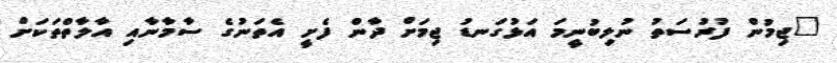
"ޖިމުން ފުރުސަތު ނުލިބުނީމަ އަޅުގަނޑު ޖިމަށް ދާން ފެށީ އެތަނުގެ ސާމާނާއި އާލާތްތަކަށް